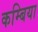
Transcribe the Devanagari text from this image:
कम्बिया